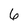
Character: 6